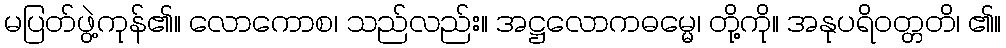
မပြတ်ဖွဲ့ကုန်၏။ လောကောစ၊ သည်လည်း။ အဋ္ဌလောကဓမ္မေ၊ တို့ကို။ အနုပရိဝတ္တတိ၊ ၏။